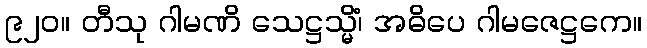
၉၂၀။ တီသု ဂါမဏိ သေဋ္ဌသ္မိံ၊ အဓိပေ ဂါမဇေဋ္ဌကေ။